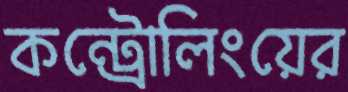
কন্ট্রোলিংয়ের